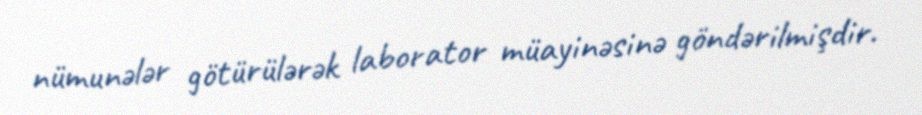
nümunələr götürülərək laborator müayinəsinə göndərilmişdir.